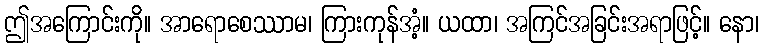
ဤအကြောင်းကို။ အာရောစေဿာမ၊ ကြားကုန်အံ့။ ယထာ၊ အကြင်အခြင်းအရာဖြင့်။ နော၊